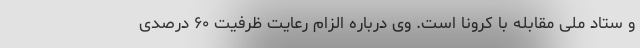
و ستاد ملی مقابله با کرونا است. وی درباره الزام رعایت ظرفیت ۶۰ درصدی